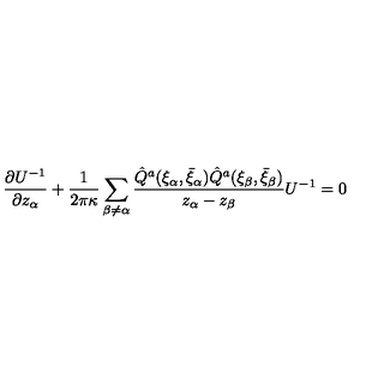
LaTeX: \frac { \partial U ^ { - 1 } } { \partial z _ { \alpha } } + \frac { 1 } { 2 \pi \kappa } \sum _ { \beta \neq \alpha } \frac { \hat { Q } ^ { a } ( \xi _ { \alpha } , \bar { \xi } _ { \alpha } ) \hat { Q } ^ { a } ( \xi _ { \beta } , \bar { \xi } _ { \beta } ) } { z _ { \alpha } - z _ { \beta } } U ^ { - 1 } = 0